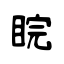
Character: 睆